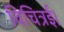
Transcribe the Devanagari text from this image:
विचित्रई।